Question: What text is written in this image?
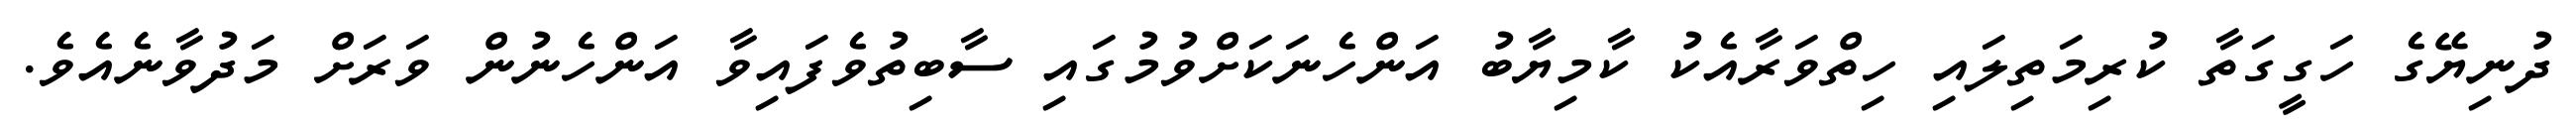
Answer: ދުނިޔޭގެ ހަގީގަތާ ކުރިމަތިލައި ހިތްވަރާއެކު ކާމިޔާބު އަންހެނަކަށްވުމުގައި ސާބިތުވެފައިވާ އަންހެނުން ވަރަށް މަދުވާނެއެވެ.